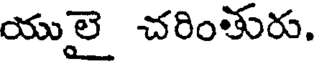
యులై చరింతురు.